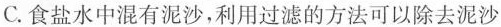
C.食盐水中混有泥沙，利用过滤的方法可以除去泥沙